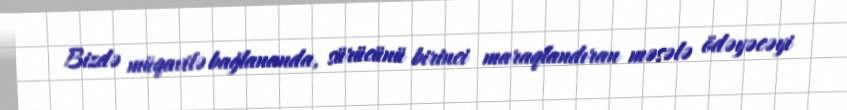
Bizdə müqavilə bağlananda, sürücünü birinci maraqlandıran məsələ ödəyəcəyi